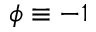
\phi \equiv - 1